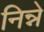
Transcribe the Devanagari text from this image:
निन्ने